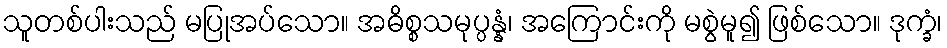
သူတစ်ပါးသည် မပြုအပ်သော။ အဓိစ္စသမုပ္ပန္နံ၊ အကြောင်းကို မစွဲမူ၍ ဖြစ်သော။ ဒုက္ခံ၊